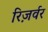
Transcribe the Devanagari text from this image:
रिज़र्वर